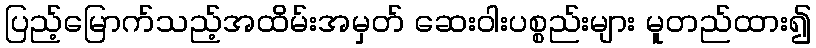
ပြည့်မြောက်သည့်အထိမ်းအမှတ် ဆေးဝါးပစ္စည်းများ မူတည်ထား၍